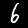
Digit: 6